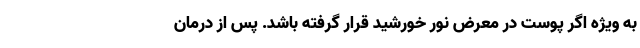
به ویژه اگر پوست در معرض نور خورشید قرار گرفته باشد. پس از درمان